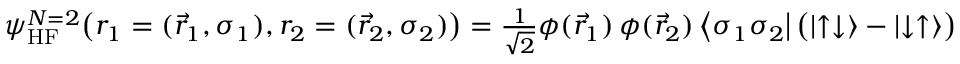
\begin{array} { r } { \psi _ { \mathrm { H F } } ^ { N = 2 } \big ( r _ { 1 } = ( \vec { r } _ { 1 } , \sigma _ { 1 } ) , r _ { 2 } = ( \vec { r } _ { 2 } , \sigma _ { 2 } ) \big ) = \frac { 1 } { \sqrt { 2 } } \phi ( \vec { r } _ { 1 } ) \, \phi ( \vec { r } _ { 2 } ) \, { \left\langle { \sigma _ { 1 } \sigma _ { 2 } } \right| } \, \big ( { \left| { \uparrow \downarrow } \right\rangle } - { \left| { \downarrow \uparrow } \right\rangle } \big ) } \end{array}